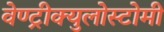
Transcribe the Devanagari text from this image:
वेण्ट्रीक्युलोस्टोमी